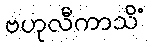
ဗဟုလီကာသိံ